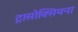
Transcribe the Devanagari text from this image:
ट्रासोक्सियना